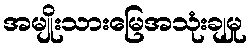
အမျိုးသားမြေအသုံးချမှု